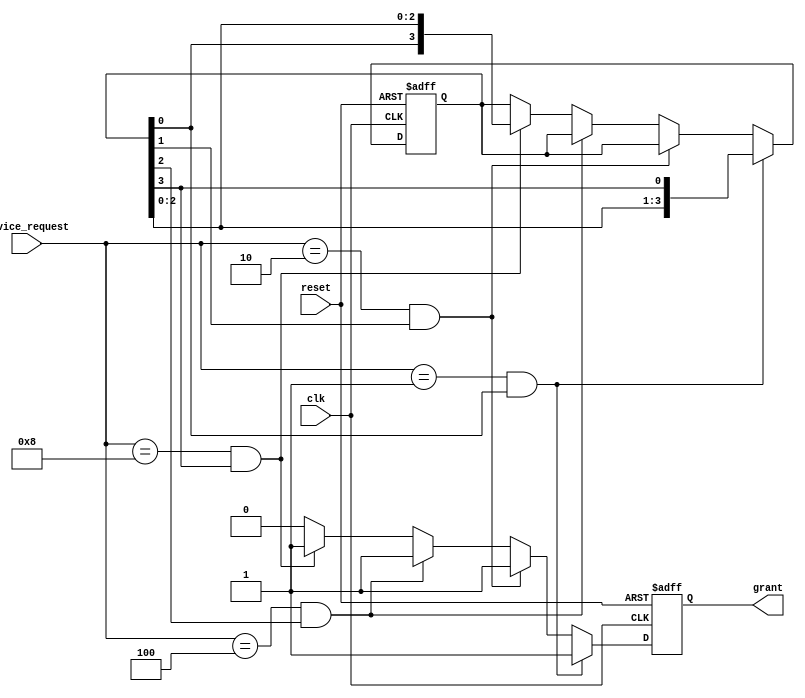
module serial_arbiter (
    input wire clk,
    input wire reset,
    input wire [3:0] device_request,
    output reg grant
);

reg [3:0] priority = 4'b0011;

always @(posedge clk or posedge reset) begin
    if (reset) begin
        priority <= 4'b0011;
        grant <= 0;
    end else begin
        if (device_request == 4'b0001 && priority[0] == 1) begin
            grant <= 1;
            priority <= {priority[2:0], priority[3]};
        end else if (device_request == 4'b0010 && priority[1] == 1) begin
            grant <= 1;
            priority <= {priority[2:1], priority[3:0]};
        end else if (device_request == 4'b0100 && priority[2] == 1) begin
            grant <= 1;
            priority <= {priority[3:1], priority[0]};
        end else if (device_request == 4'b1000 && priority[3] == 1) begin
            grant <= 1;
            priority <= {priority[0], priority[2:0]};
        end else begin
            grant <= 0;
        end
    end
end

endmodule